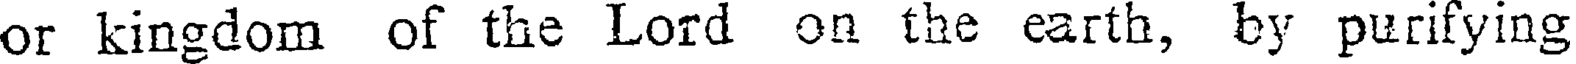
or kingdom of the Lord on the earth, by purifying